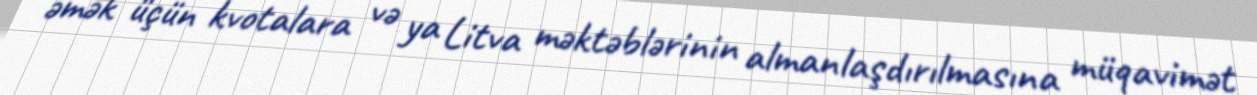
əmək üçün kvotalara və ya Litva məktəblərinin almanlaşdırılmasına müqavimət